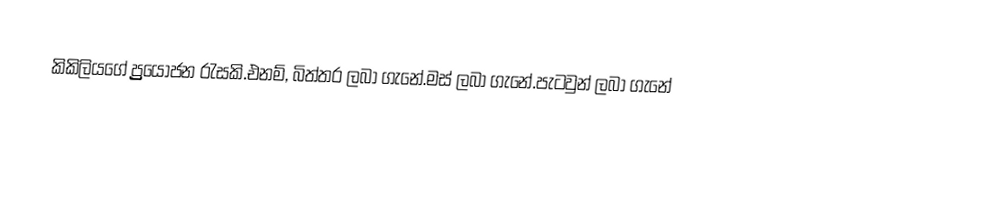
කිකිලියගේ ප්‍ර්‍ර්‍රයොජන රැසකි.එනම්, බිත්තර ලබා ගැනේ.මස් ලබා ගැනේ.පැටවුන් ලබා ගැනේ